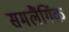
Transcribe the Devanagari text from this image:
समलैंगिंक